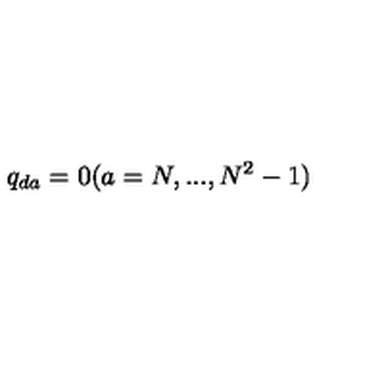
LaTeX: q _ { d a } = 0 ( a = N , . . . , N ^ { 2 } - 1 )